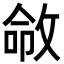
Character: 𫾽